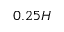
0 . 2 5 H